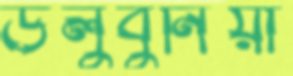
উলুবুনিয়া